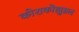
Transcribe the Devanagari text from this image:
कोराकोह्युम्रल